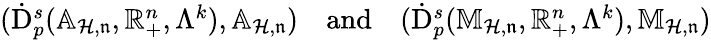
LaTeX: \begin{array}{r}{(\dot{\mathrm{D}}_{p}^{s}(\mathbb{A}_{\mathcal{H},\mathfrak{n}},\mathbb{R}_{+}^{n},\Lambda^{k}),\mathbb{A}_{\mathcal{H},\mathfrak{n}})\quad\mathrm{and}\quad\mathrm{(}\dot{\mathrm{D}}_{p}^{s}(\mathbb{M}_{\mathcal{H},\mathfrak{n}},\mathbb{R}_{+}^{n},\Lambda^{k}),\mathbb{M}_{\mathcal{H},\mathfrak{n}})}\end{array}